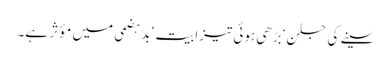
سینے کی جلن‘ بڑھی ہوئی تیزابیت‘ بدہضمی میں مؤثر ہے۔